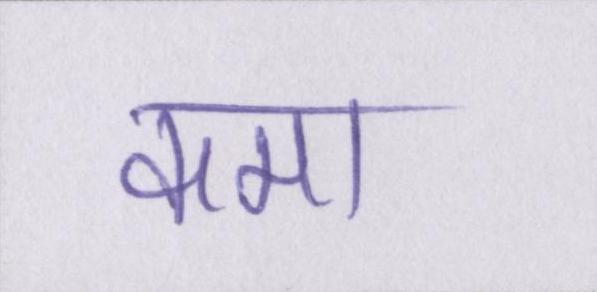
कमा